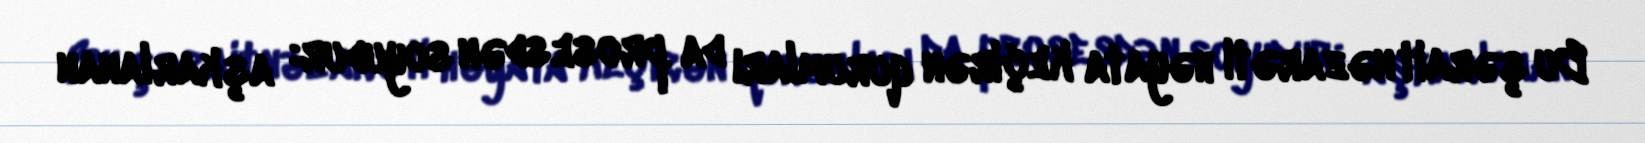
Bu şərait nəzarəti həyata keçirən qurumları da prosesdən soyudur: aşkarlanan